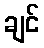
ချင်